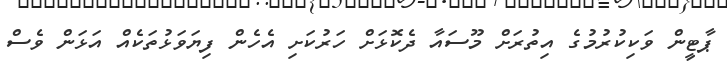
ޕާޓީން ވަކިކުރުމުގެ އިތުރަށް މޫސައާ ދެކޮޅަށް ހަރުކަށި އެހެން ފިޔަވަޅުތަކެއް އަޅަން ވެސް